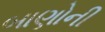
બાણોની